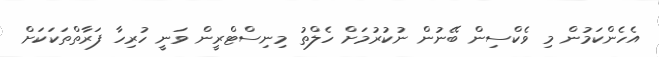
އެހެންކަމުން މި ވެކްސިން ބޭނުން ނުކުރުމަށް ހެލްތު މިނިސްޓްރީން ވަނީ ހުރިހާ ފަރާތްތަކަކަށް